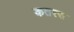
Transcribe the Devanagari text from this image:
कतरस